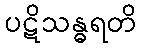
ပဋိသန္ဓရတိ